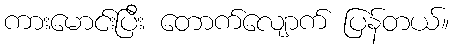
ကားမောင်းပြီး တောက်လျောက် ပြန်တယ်။